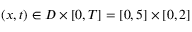
( x , t ) \in D \times [ 0 , T ] = [ 0 , 5 ] \times [ 0 , 2 ]